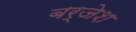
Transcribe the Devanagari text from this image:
बर्जेश